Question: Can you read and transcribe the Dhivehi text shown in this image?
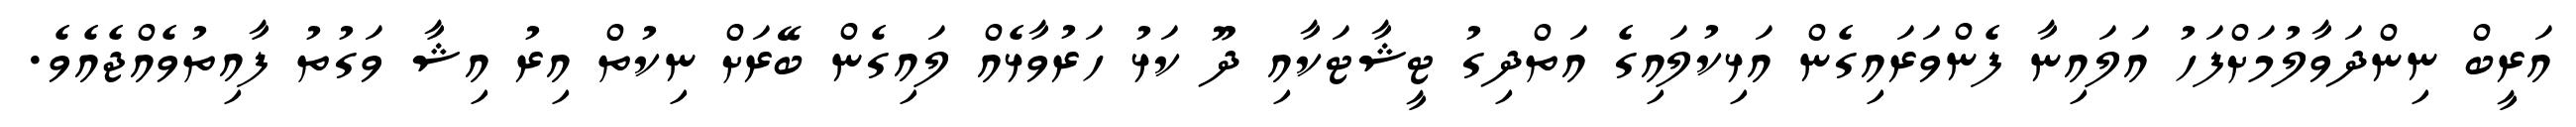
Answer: އަރީބް ނިންދަވާލުމަށްފަހު އަލައިނާ ފެންވަރައިގެން އަޅިކުލައިގެ އަތްދިގު ޓީޝާޓަކާއި ދޫ ކަޅު ހަރުވާޅެއް ލައިގެން ބޭރަށް ނިކުތް އިރު އިޝާ ވަގުތު ފާއިތުވެއްޖެއެވެ.